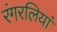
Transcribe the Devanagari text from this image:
रंगरलियां